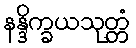
နန္ဒိက္ခယသုတ္တံ